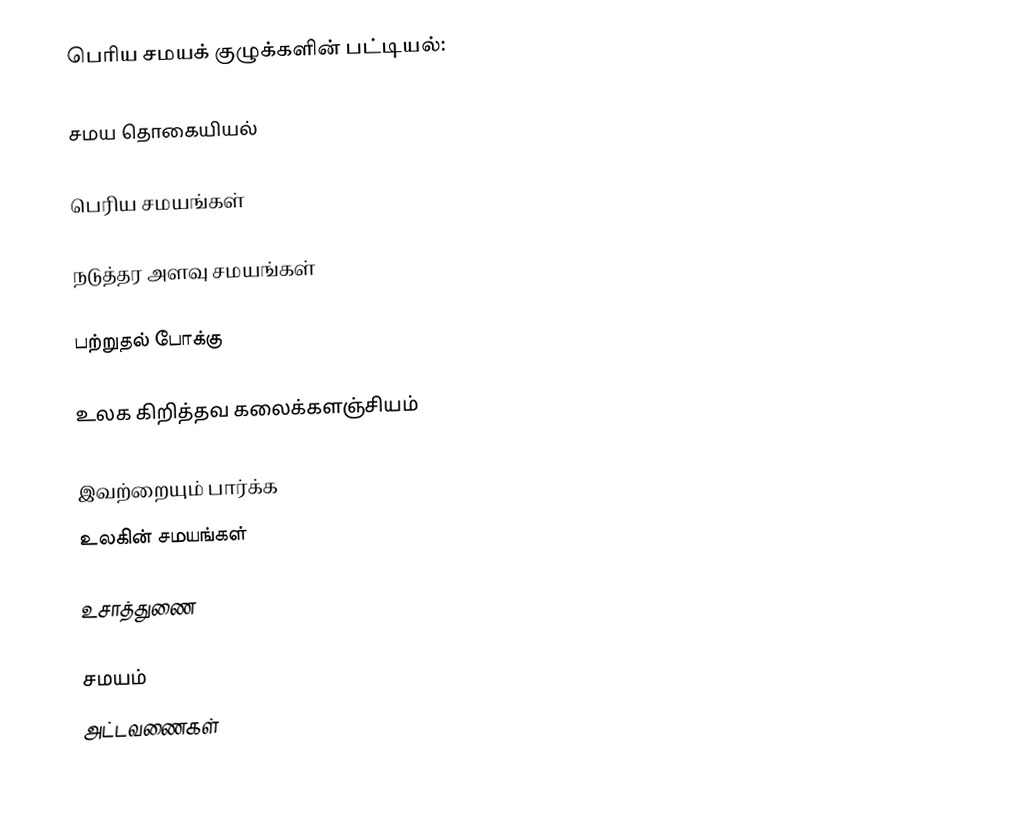
பெரிய சமயக் குழுக்களின் பட்டியல்:

சமய தொகையியல்

பெரிய சமயங்கள்

நடுத்தர அளவு சமயங்கள்

பற்றுதல் போக்கு

உலக கிறித்தவ கலைக்களஞ்சியம்

இவற்றையும் பார்க்க
 உலகின் சமயங்கள்

உசாத்துணை

சமயம்
அட்டவணைகள்